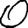
Digit: 0